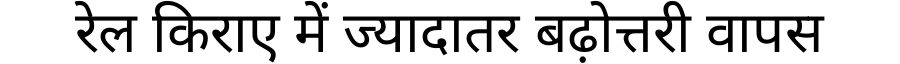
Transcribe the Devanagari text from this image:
रेल किराए में ज्यादातर बढ़ोत्तरी वापस